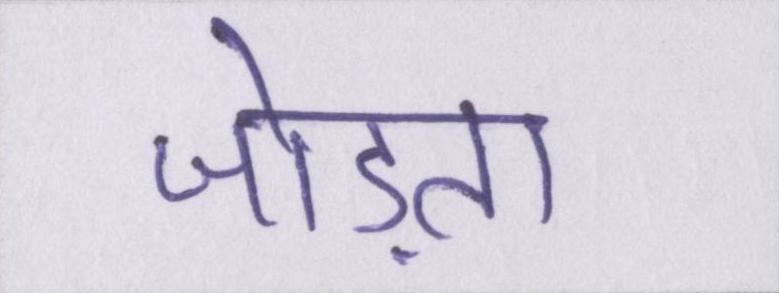
जोड़ता